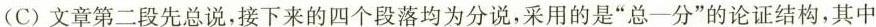
(C)文章第二段先总说，接下来的四个段落均为分说，采用的是”总一分”的论证结构，其中